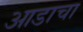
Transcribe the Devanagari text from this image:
आडाचा